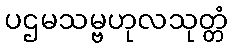
ပဌမသမ္ဗဟုလသုတ္တံ